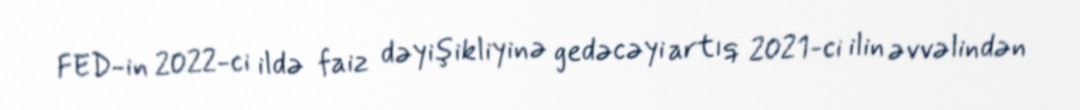
FED-in 2022-ci ildə faiz dəyişikliyinə gedəcəyi artıq 2021-ci ilin əvvəlindən